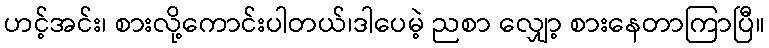
ဟင့်အင်း၊ စားလို့ကောင်းပါတယ်၊ဒါပေမဲ့ ညစာ လျှော့ စားနေတာကြာပြီ။